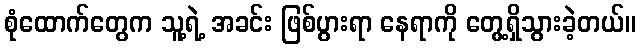
စုံထောက်တွေက သူ့ရဲ့ အခင်း ဖြစ်ပွားရာ နေရာကို တွေ့ရှိသွားခဲ့တယ်။